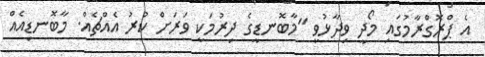
އެ ޕްރޮގްރާމުގައި މޯދީ ވިދާޅުވީ "މާބޮނޑީގެ ދިރުމަކީ ވަރަށް ކުރު އެއްޗެއް. މާބޮނޑިއެއް